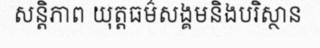
សន្តិភាព យុត្តធម៌សង្គមនិងបរិស្ថាន